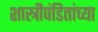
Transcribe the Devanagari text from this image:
शास्त्रीपंडितांच्या